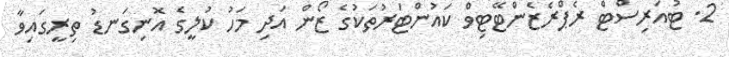
2. ޓުއަރިސްޓް ރެޕްރެޒެންޓޭޓިވް ކަަަައުންޓަރުތަކުގެ ޒޯން އަދިި މަހު ކުލީގެ އޮނިގަނޑު ތިރީގައިވާ